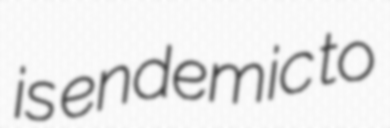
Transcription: is endemic to